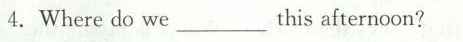
4.Where do we ___this afternoon?